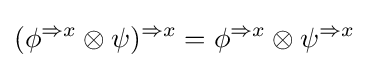
(\phi ^{\Rightarrow x}\otimes \psi )^{\Rightarrow x}=\phi ^{\Rightarrow x}\otimes \psi ^{\Rightarrow x}